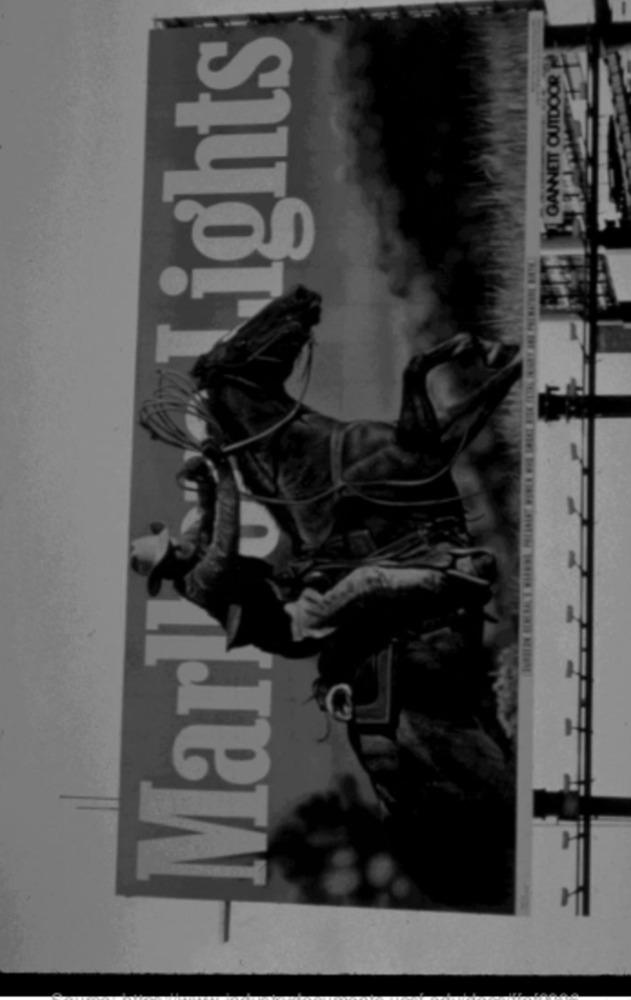
Lights
GANNETT OUTDOOR
Mary